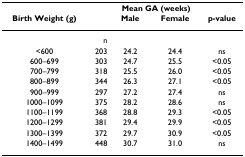
|  |  | <COLSPAN=2> Mean GA (weeks) |  |
 | Birth Weight (g) |  | Male | Female | p-value |
 | --- | --- | --- | --- | --- |
 |  | n |  |  |  |
 | <600 | 203 | 24.2 | 24.4 | ns |
 | 600–699 | 303 | 24.7 | 25.5 | <0.05 |
 | 700–799 | 318 | 25.5 | 26.0 | <0.05 |
 | 800–899 | 344 | 26.3 | 27.1 | <0.05 |
 | 900–999 | 297 | 27.2 | 27.4 | ns |
 | 1000–1099 | 375 | 28.2 | 28.6 | ns |
 | 1100–1199 | 368 | 28.8 | 29.3 | <0.05 |
 | 1200–1299 | 381 | 29.4 | 29.9 | <0.05 |
 | 1300–1399 | 372 | 29.7 | 30.9 | <0.05 |
 | 1400–1499 | 448 | 30.7 | 31.0 | ns |